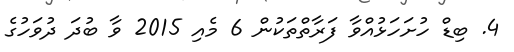
4. ބިޑް ހުށަހަޅުއްވާ ފަރާތްތަކުން 6 މެއި 2015 ވާ ބުދަ ދުވަހުގެ